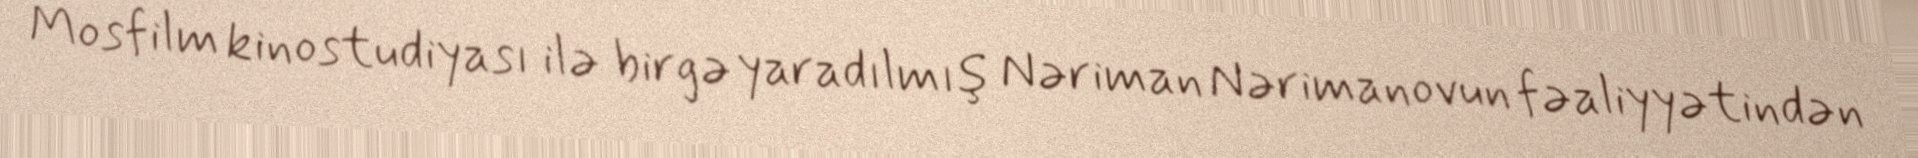
Mosfilm kinostudiyası ilə birgə yaradılmış Nəriman Nərimanovun fəaliyyətindən